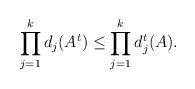
LaTeX: \begin{align*}\prod_{j=1}^{k} d_j (A^t) \leq \prod_{j=1}^{k} d_j^t (A). \end{align*}